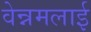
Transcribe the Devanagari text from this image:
वेन्नमलाई